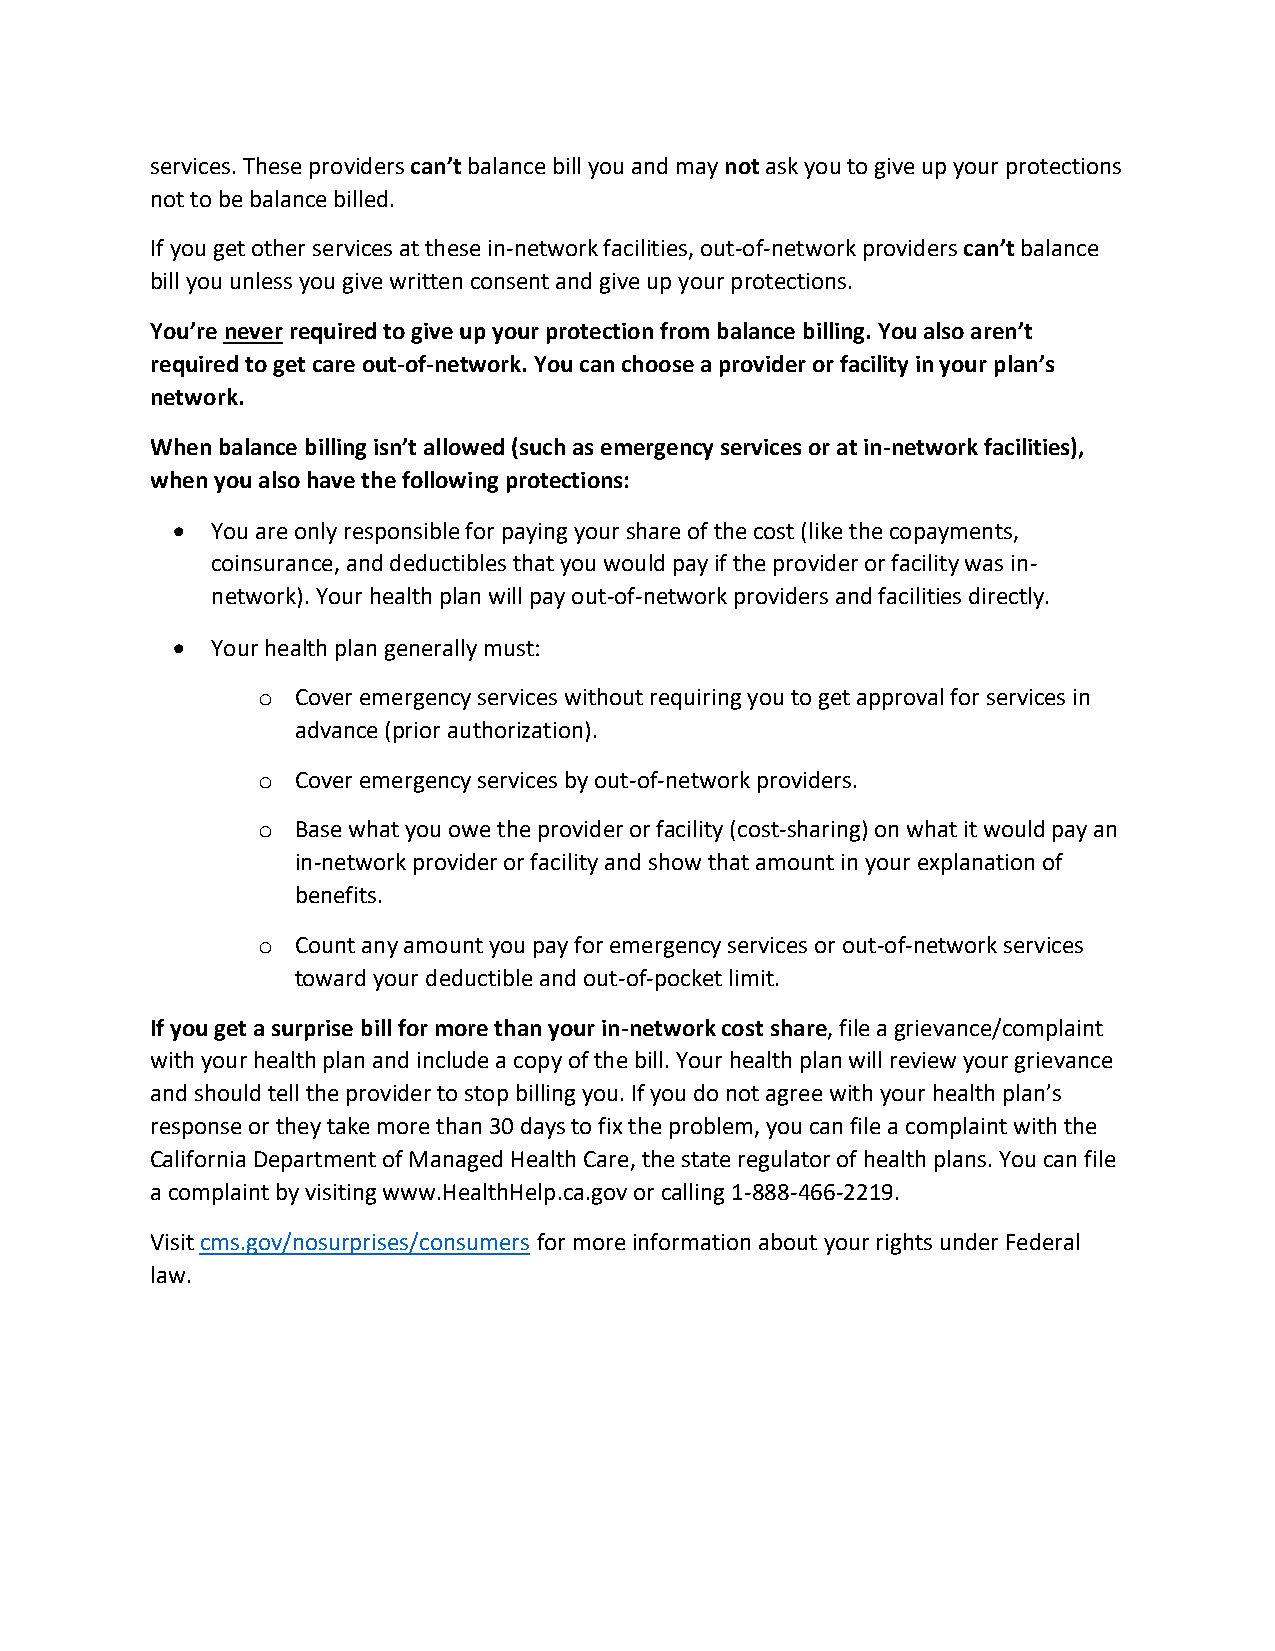
services. These providers can’t balance bill you and may not ask you to give up your protections
 not to be balance billed.
 If you get other services at these in-network facilities, out-of-network providers can’t balance
 bill you unless you give written consent and give up your protections.
 You’re never required to give up your protection from balance billing. You also aren’t
 required to get care out-of-network. You can choose a provider or facility in your plan’s
 network.
 When balance billing isn’t allowed (such as emergency services or at in-network facilities),
 when you also have the following protections:
 •  You are only responsible for paying your share of the cost (like the copayments,
 coinsurance, and deductibles that you would pay if the provider or facility was in-
 network). Your health plan will pay out-of-network providers and facilities directly.
 •  Your health plan generally must:
 o  Cover emergency services without requiring you to get approval for services in
 advance (prior authorization).
 o  Cover emergency services by out-of-network providers.
 o  Base what you owe the provider or facility (cost-sharing) on what it would pay an
 in-network provider or facility and show that amount in your explanation of
 benefits.
 o  Count any amount you pay for emergency services or out-of-network services
 toward your deductible and out-of-pocket limit.
 If you get a surprise bill for more than your in-network cost share, file a grievance/complaint
 with your health plan and include a copy of the bill. Your health plan will review your grievance
 and should tell the provider to stop billing you. If you do not agree with your health plan’s
 response or they take more than 30 days to fix the problem, you can file a complaint with the
 California Department of Managed Health Care, the state regulator of health plans. You can file
 a complaint by visiting www.HealthHelp.ca.gov or calling 1-888-466-2219.
 Visit cms.gov/nosurprises/consumers for more information about your rights under Federal
 law.